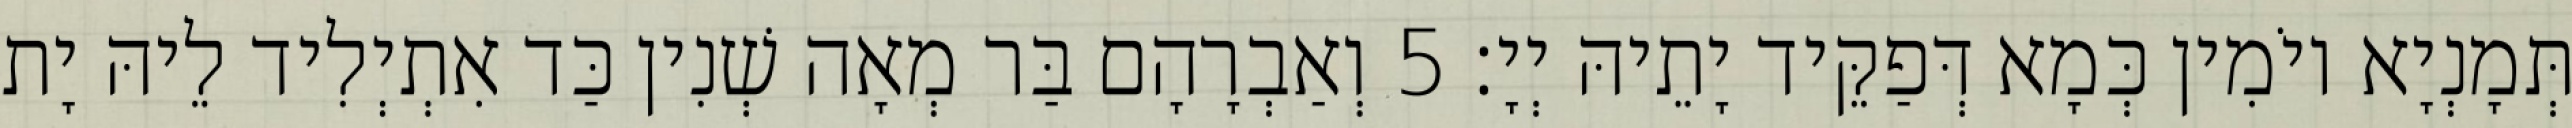
תְּמָנְיָא יוֹמִין כְּמָא דְּפַקֵּיד יָתֵיהּ יְיָ׃ 5 וְאַבְרָהָם בַּר מְאָה שְׁנִין כַּד אִתְיְלִיד לֵיהּ יָת